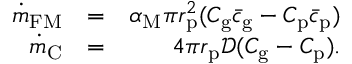
\begin{array} { r l r } { \dot { m } _ { \mathrm { F M } } } & { = } & { \alpha _ { \mathrm { M } } \pi r _ { \mathrm { p } } ^ { 2 } ( C _ { \mathrm { g } } \bar { c } _ { \mathrm { g } } - C _ { \mathrm { p } } \bar { c } _ { \mathrm { p } } ) } \\ { \dot { m } _ { \mathrm { C } } } & { = } & { 4 \pi r _ { \mathrm { p } } \mathcal { D } ( C _ { \mathrm { g } } - C _ { \mathrm { p } } ) . } \end{array}